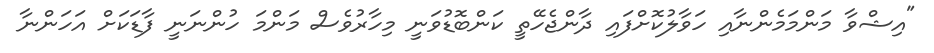
"އިޝްވާ މަންމަމެންނާއި ހަވާލުކޮށްފައި ދާންޖެހޭތީ ކަންބޮޑުވަނީ މިހާރުވެސް މަންމަ ހުންނަނީ ފާޑަކަށް އަހަންނާ